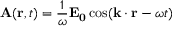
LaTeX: \mathbf { A } ( \mathbf { r } , t ) = { \frac { 1 } { \omega } } \mathbf { E _ { 0 } } \cos ( \mathbf { k } \cdot \mathbf { r } - \omega t )